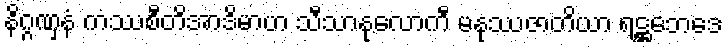
နိဂ္ဂဏှနံ ကဿစီတိအာဒိမာဟ သီသာနုလောကီ မနုဿဇာတိယာ ရဋ္ဌဘေဒေ